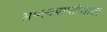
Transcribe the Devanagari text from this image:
अपत्यप्राप्तीसाठी